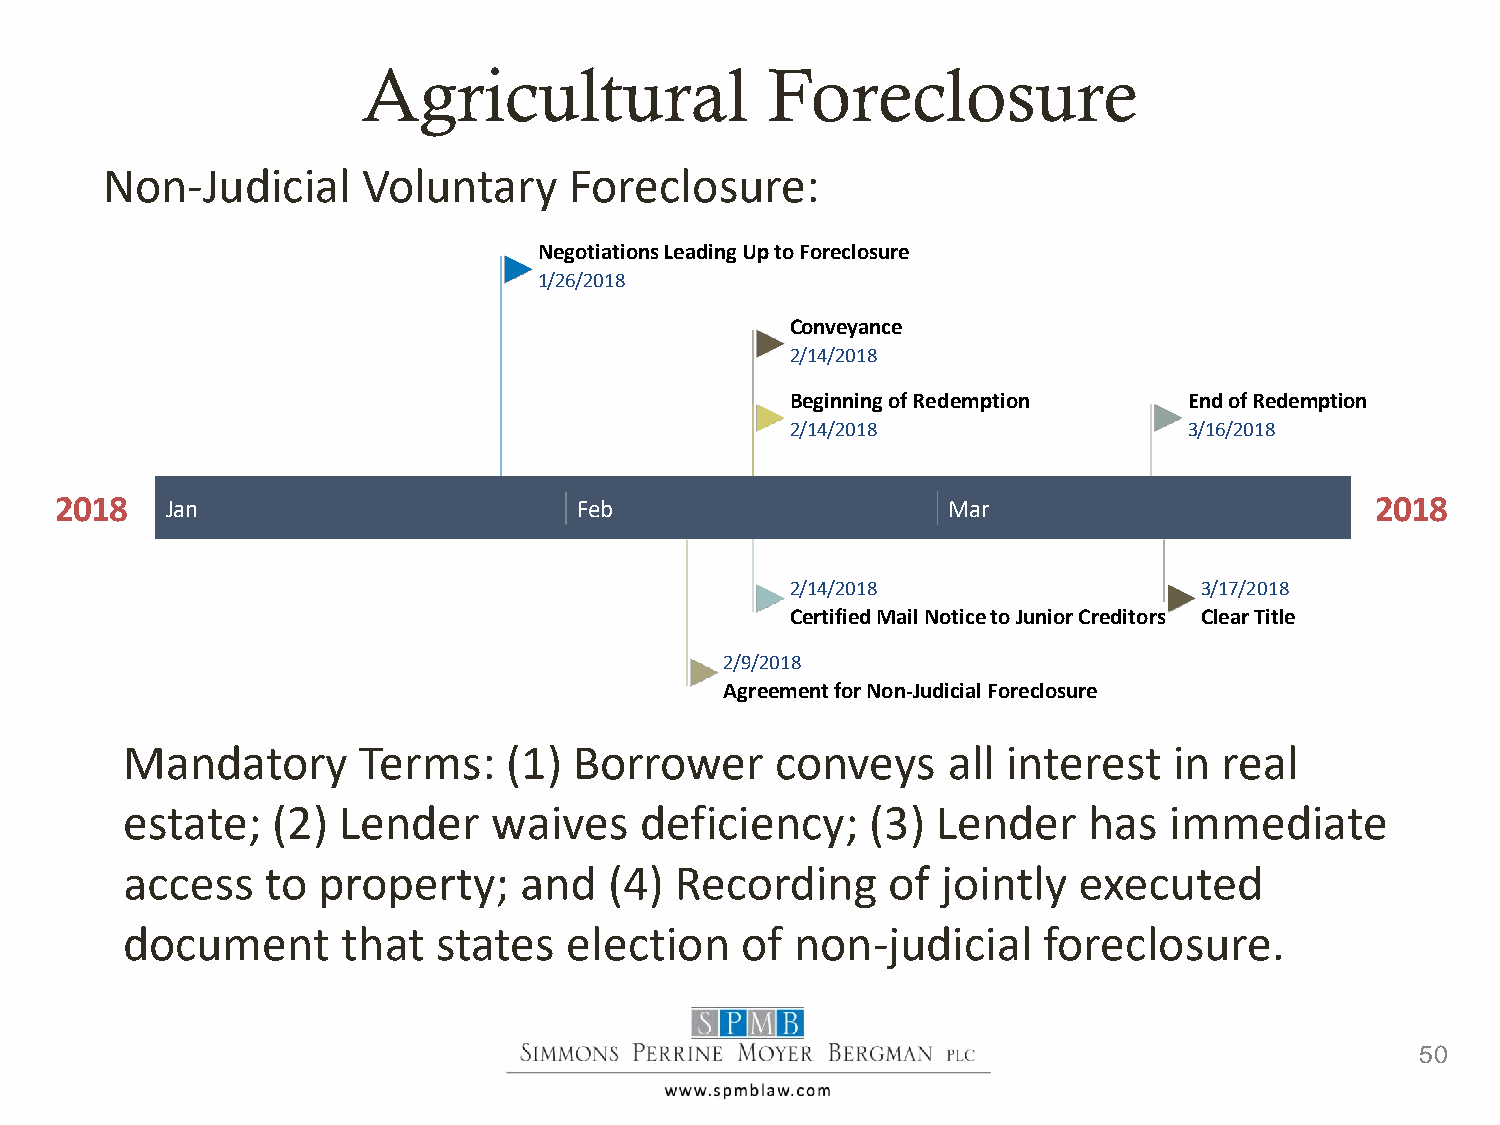
Agricultural               Foreclosure
 Non-Judicial     Voluntary     Foreclosure:
 Negotiations Leading Up to Foreclosure
 1/26/2018
 Conveyance
 2/14/2018
 Beginning of Redemption    End of Redemption
 2/14/2018                  3/16/2018
 2018   Jan                        Feb                      Mar                         2018
 2/14/2018                   3/17/2018
 Certified Mail Notice to Junior Creditors Clear Title
 2/9/2018
 Agreement for Non-Judicial Foreclosure
 Mandatory       Terms:    (1) Borrower     conveys     all interest   in real
 estate;   (2) Lender     waives   deficiency;     (3) Lender    has  immediate
 access    to property;    and   (4)  Recording     of jointly  executed
 document       that  states   election   of  non-judicial    foreclosure.
 50